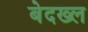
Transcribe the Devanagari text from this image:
बेदख्ल